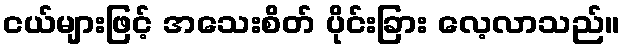
ငယ်များဖြင့် အသေးစိတ် ပိုင်းခြား လေ့လာသည်။